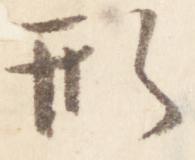
形